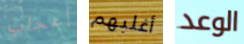
إعجاب أغلبهم الوعد